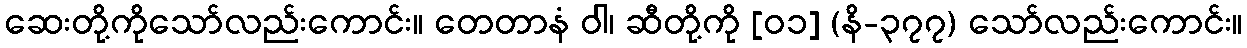
ဆေးတို့ကိုသော်လည်းကောင်း။ တေတာနံ ဝါ၊ ဆီတို့ကို [၀၁] (နိ-၃၇၇) သော်လည်းကောင်း။